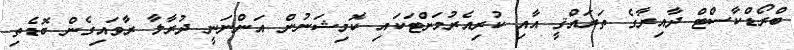
ބްރޯޑްކާސްޓް ދާއިރާގެ ތަރައްޤީ އާއި ކުރިއެރުމަށްޓަކައި ކޮމިޝަނުން އަންނަނީ ދުރާލާ ރާވައިގެން ބޮޑެތި